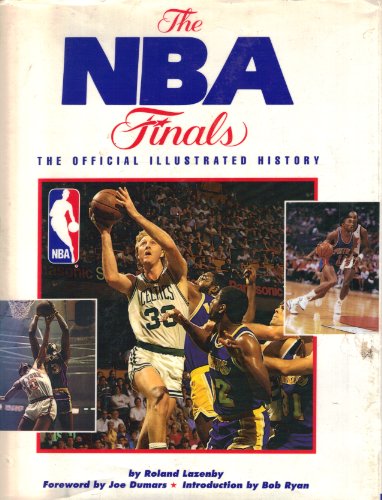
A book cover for The Nba Finals: The Official Illustrated History; Roland Lazenby; Sports & Outdoors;